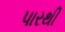
પારથી